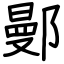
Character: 鄤